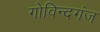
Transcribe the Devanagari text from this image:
गोविन्‍दगंज